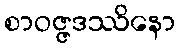
စာဝဇ္ဇဒဿိနော